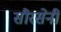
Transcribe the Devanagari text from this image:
सौरसेनी